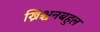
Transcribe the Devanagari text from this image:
ख्रिश्चनबहुल